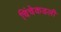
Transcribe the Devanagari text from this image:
चिंचेकडली